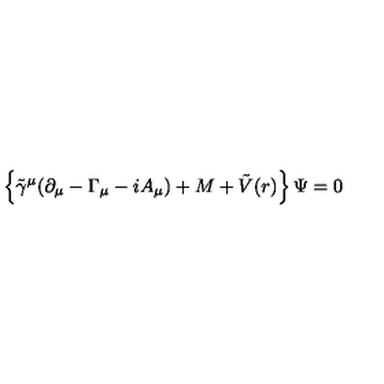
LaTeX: \left\{ { \tilde { \gamma } } ^ { \mu } ( \partial _ { \mu } - \Gamma _ { \mu } - i A _ { \mu } ) + { M } + \tilde { V } ( r ) \right\} \Psi = 0